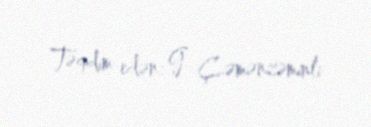
Təqdim edən: G. Çəmənzəminli